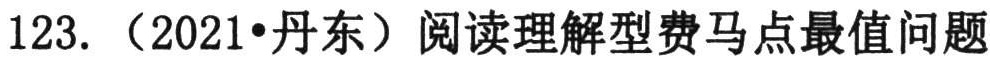
123. （2021•丹东）阅读理解型费马点最值问题